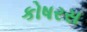
કોષરસ